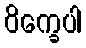
ဝိက္ခေပါ